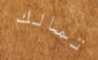
تمالك